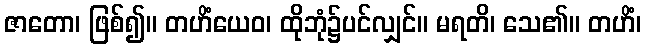
ဇာတော၊ ဖြစ်၍။ တဟိံယေဝ၊ ထိုဘုံ၌ပင်လျှင်။ မရတိ၊ သေ၏။ တဟိံ၊